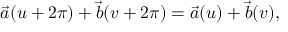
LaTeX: \vec { a } ( u + 2 \pi ) + \vec { b } ( v + 2 \pi ) = \vec { a } ( u ) + \vec { b } ( v ) ,